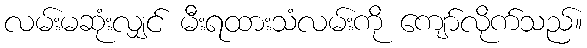
လမ်းမဆုံးလျှင် မီးရထားသံလမ်းကို ကျော်လိုက်သည်။